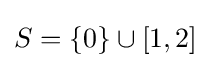
S=\{0\}\cup [1,2]